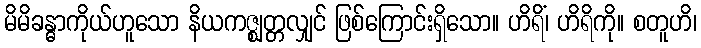
မိမိခန္ဓာကိုယ်ဟူသော နိယကဇ္ဈတ္တလျှင် ဖြစ်ကြောင်းရှိသော။ ဟိရိံ၊ ဟိရိကို။ စတူဟိ၊